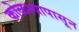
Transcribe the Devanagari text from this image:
कोळश्यापासून